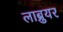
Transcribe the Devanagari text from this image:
लाब्रुयर